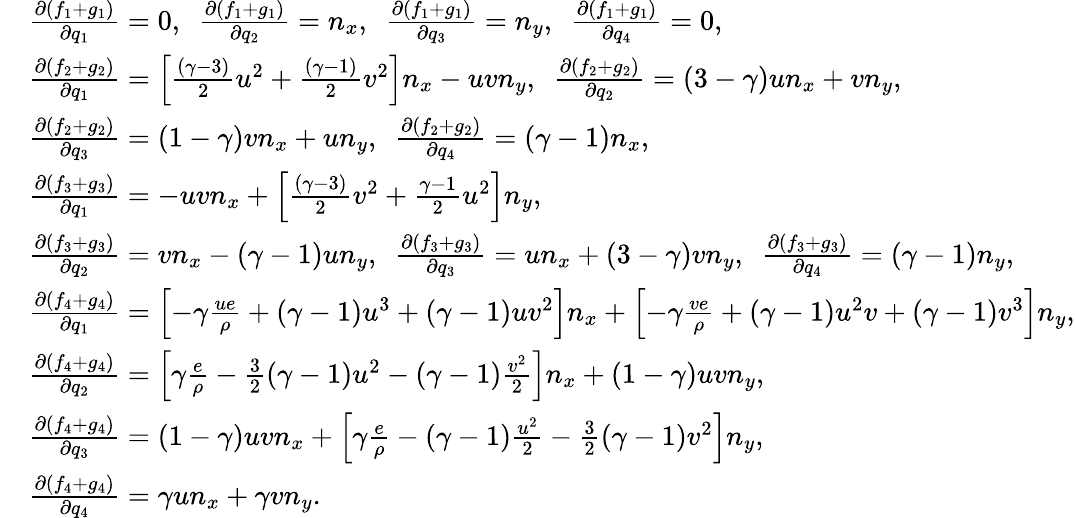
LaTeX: \begin{array}{rl}&{\frac{\partial(f_{1}+g_{1})}{\partial q_{1}}=0,\ \ \frac{\partial(f_{1}+g_{1})}{\partial q_{2}}=n_{x},\ \ \frac{\partial(f_{1}+g_{1})}{\partial q_{3}}=n_{y},\ \ \frac{\partial(f_{1}+g_{1})}{\partial q_{4}}=0,}\\ &{\frac{\partial(f_{2}+g_{2})}{\partial q_{1}}=\left[\frac{(\gamma-3)}{2}u^{2}+\frac{(\gamma-1)}{2}v^{2}\right]n_{x}-uvn_{y},\ \ \frac{\partial(f_{2}+g_{2})}{\partial q_{2}}=(3-\gamma)un_{x}+vn_{y},}\\ &{\frac{\partial(f_{2}+g_{2})}{\partial q_{3}}=(1-\gamma)vn_{x}+un_{y},\ \ \frac{\partial(f_{2}+g_{2})}{\partial q_{4}}=(\gamma-1)n_{x},}\\ &{\frac{\partial(f_{3}+g_{3})}{\partial q_{1}}=-uvn_{x}+\left[\frac{(\gamma-3)}{2}v^{2}+\frac{\gamma-1}{2}u^{2}\right]n_{y},}\\ &{\frac{\partial(f_{3}+g_{3})}{\partial q_{2}}=vn_{x}-(\gamma-1)un_{y},\ \ \frac{\partial(f_{3}+g_{3})}{\partial q_{3}}=un_{x}+(3-\gamma)vn_{y},\ \ \frac{\partial(f_{3}+g_{3})}{\partial q_{4}}=(\gamma-1)n_{y},}\\ &{\frac{\partial(f_{4}+g_{4})}{\partial q_{1}}=\left[-\gamma\frac{ue}{\rho}+(\gamma-1)u^{3}+(\gamma-1)uv^{2}\right]n_{x}+\left[-\gamma\frac{ve}{\rho}+(\gamma-1)u^{2}v+(\gamma-1)v^{3}\right]n_{y},}\\ &{\frac{\partial(f_{4}+g_{4})}{\partial q_{2}}=\left[\gamma\frac{e}{\rho}-\frac{3}{2}(\gamma-1)u^{2}-(\gamma-1)\frac{v^{2}}{2}\right]n_{x}+(1-\gamma)uvn_{y},}\\ &{\frac{\partial(f_{4}+g_{4})}{\partial q_{3}}=(1-\gamma)uvn_{x}+\left[\gamma\frac{e}{\rho}-(\gamma-1)\frac{u^{2}}{2}-\frac{3}{2}(\gamma-1)v^{2}\right]n_{y},}\\ &{\frac{\partial(f_{4}+g_{4})}{\partial q_{4}}=\gamma un_{x}+\gamma vn_{y}.}\end{array}